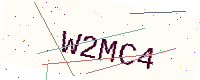
Text: W2MC4